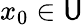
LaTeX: x_{0}\in\mathsf{U}